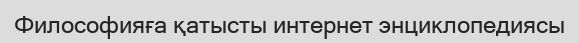
Философияға қатысты интернет энциклопедиясы